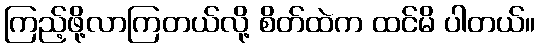
ကြည့်ဖို့လာကြတယ်လို့ စိတ်ထဲက ထင်မိ ပါတယ်။